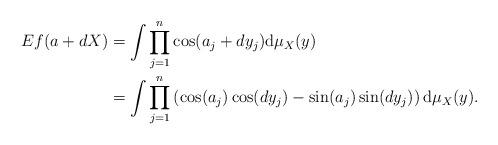
LaTeX: \begin{align*}\begin{aligned} Ef(a+dX)&=\int\prod_{j=1}^n\cos (a_j+dy_j)\mathrm{d}\mu_X(y) \\&= \int\prod_{j=1}^n\left(\cos(a_j)\cos (dy_j)-\sin(a_j)\sin(dy_j)\right)\mathrm{d}\mu_X(y). \end{aligned}\end{align*}